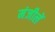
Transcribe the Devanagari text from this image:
मंजीलें